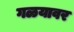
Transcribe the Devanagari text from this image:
गळयावर